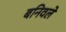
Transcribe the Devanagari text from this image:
बनिवले